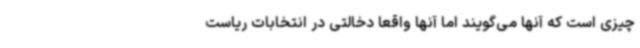
چیزی است که آنها می‌گویند اما آنها واقعا دخالتی در انتخابات ریاست